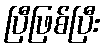
ပြီဖြစ်ပြီး